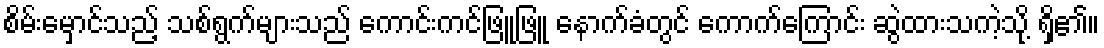
စိမ်းမှောင်သည့် သစ်ရွက်များသည် ကောင်းကင်ဖြူဖြူ နောက်ခံတွင် ကောက်ကြောင်း ဆွဲထားသကဲ့သို့ ရှိ၏။